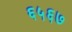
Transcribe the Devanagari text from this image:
६५६७